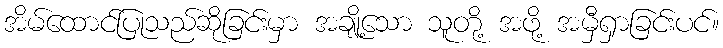
အိမ်ထောင်ပြုသည်ဆိုခြင်းမှာ အချို့သော သူတို့ အဖို့ အမှီရှာခြင်းပင်။